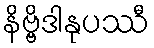
နိဗ္ဗိဒါနုပဿီ